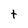
Character: t